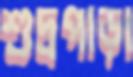
শুদ্রপাড়া